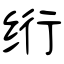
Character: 绗